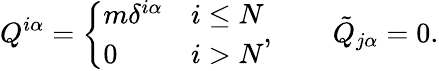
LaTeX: Q^{i\alpha}=\left\{ \begin{array}{ll}{{m\delta^{i\alpha}}}&{{i\le N}}\\ {{0}}&{{i>N}}\end{array}\right.,\qquad\tilde{Q}_{j\alpha}=0.